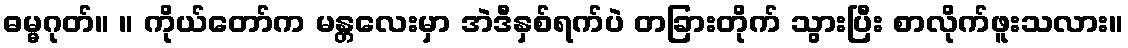
ဓမ္မဂုတ်။ ။ ကိုယ်တော်က မန္တလေးမှာ အဲဒီနှစ်ရက်ပဲ တခြားတိုက် သွားပြီး စာလိုက်ဖူးသလား။